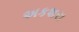
અકશરા